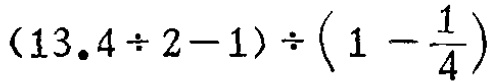
\((13.4\div 2 - 1)\div\left(1 - \frac{1}{4}\right)\)